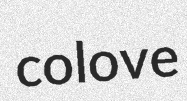
colove